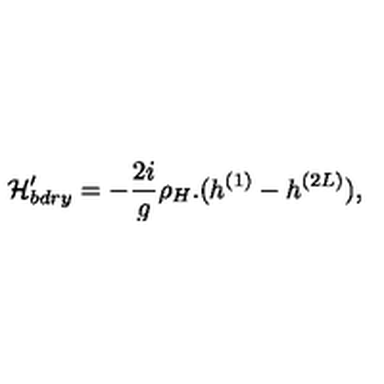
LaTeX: { \cal H } _ { b d r y } ^ { \prime } = - \frac { 2 i } { g } \rho _ { H } . ( h ^ { ( 1 ) } - h ^ { ( 2 L ) } ) ,